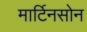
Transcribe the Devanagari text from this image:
मार्टिनसोन